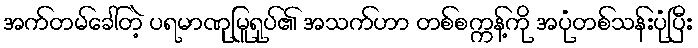
အက်တမ်ခေါ်တဲ့ ပရမာဏုမြူရုပ်၏ အသက်ဟာ တစ်စက္ကန့်ကို အပုံတစ်သန်းပုံပြီး